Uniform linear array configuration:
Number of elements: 16
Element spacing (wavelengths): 1
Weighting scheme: hamming
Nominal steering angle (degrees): -30
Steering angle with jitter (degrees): -31.732
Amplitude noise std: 0.05
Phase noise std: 0.05

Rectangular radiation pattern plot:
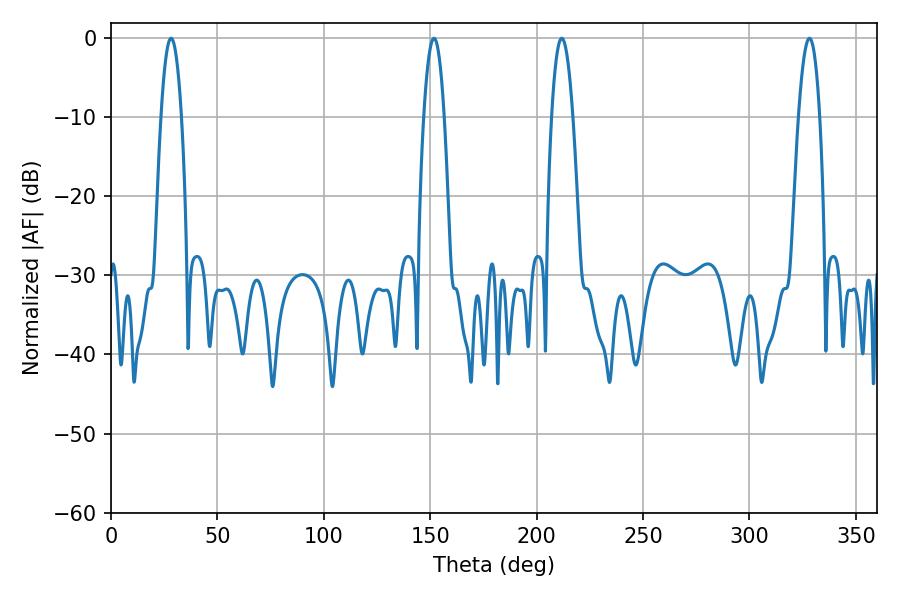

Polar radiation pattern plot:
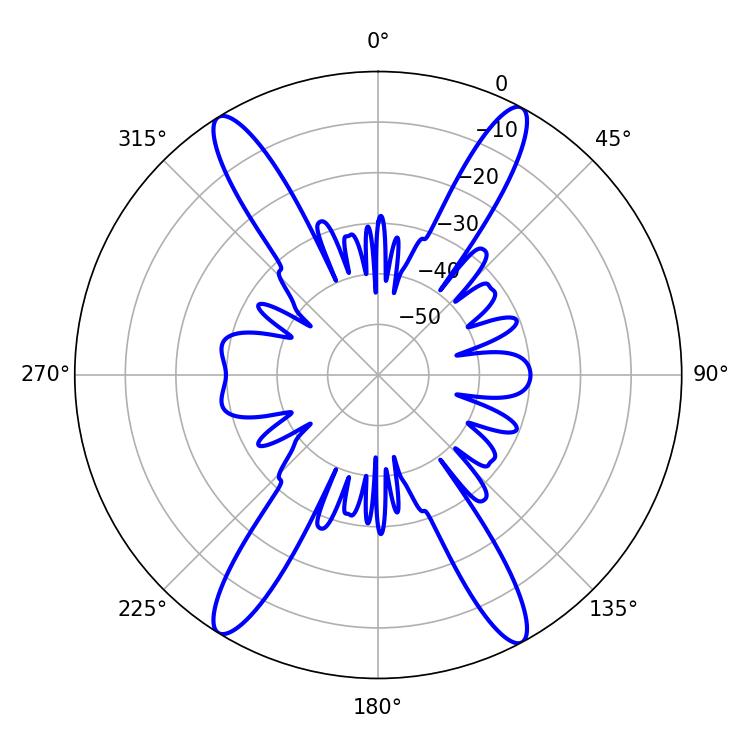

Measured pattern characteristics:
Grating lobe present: TRUE
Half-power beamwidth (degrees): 5.4
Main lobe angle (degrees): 28.26